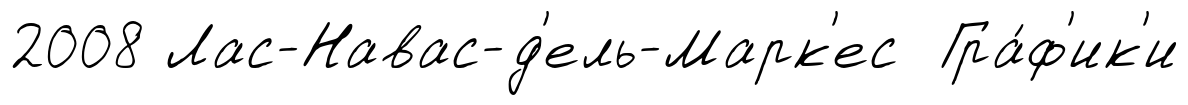
2008 Лас-Навас-д'ель-Марк'ес Гра́ф'ик'и